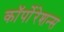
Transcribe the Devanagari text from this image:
कॉर्पोरेशन्‍स